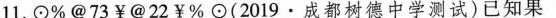
1.\odot %@73￥@22￥%\odot (2019·成都树德中学测试)已知果